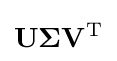
\mathbf {U} \mathbf {\Sigma } \mathbf {V} ^{\mathrm {T} }